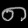
Digit: ၈